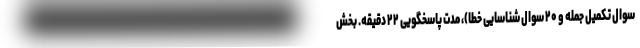
سوال تکمیل جمله و ۲۰ سوال شناسایی خطا)، مدت پاسخگویی ۲۲ دقیقه. بخش